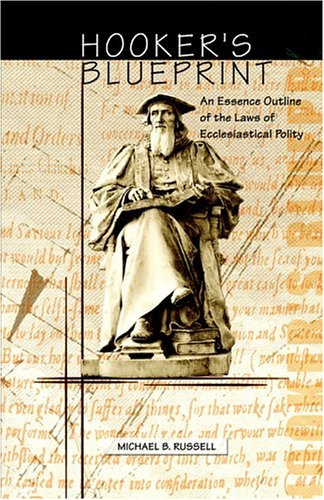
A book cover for Hooker's Blueprint; Michael B. Russell; Christian Books & Bibles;